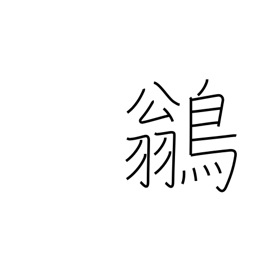
Meaning: peewee